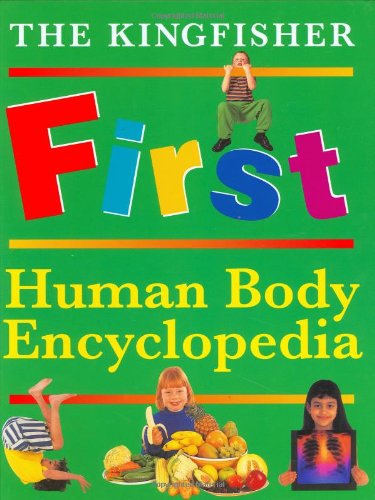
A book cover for The Kingfisher First Human Body Encyclopedia (Kingfisher First Reference); Richard Walker; Reference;